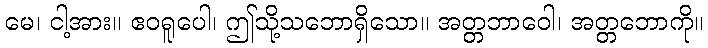
မေ၊ ငါ့အား။ ဧဝရူပေါ၊ ဤသို့သဘောရှိသော။ အတ္တဘာဝေါ၊ အတ္တဘောကို။